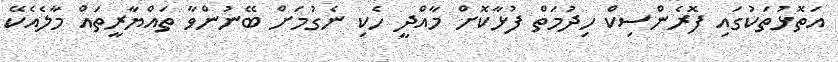
އަތޮޅުތަކުގައި ފޮރެންސިކް ހިދުމަތް ފުޅާކޮށް މާއްދީ ހެކި ނެގުމަށް ބޭނުންވާ ތައްޔާރީތައް މާލެއެކޭ